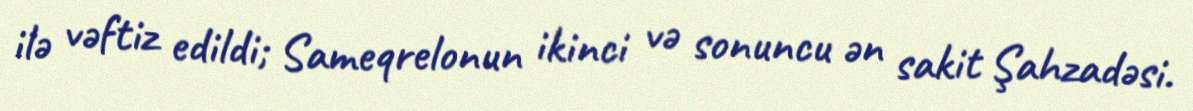
ilə vəftiz edildi; Sameqrelonun ikinci və sonuncu ən sakit Şahzadəsi.